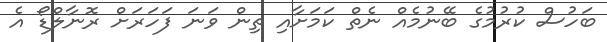
ބަހުސް ކުރުމުގެ ބޭނުމެއް ނެތް ކަމަށާއި ތިން ވަނަ ފަހަރަށް ރޮނާލްޑޯ އެ